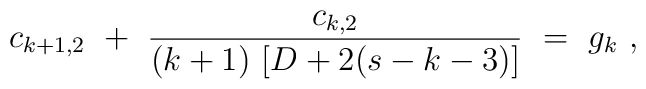
c_{k+1,2} \ + \ \frac{c_{k,2}}{(k+1) \, \left[ D+ 2(s-k-3)\right]} \ = \ g_k\ ,